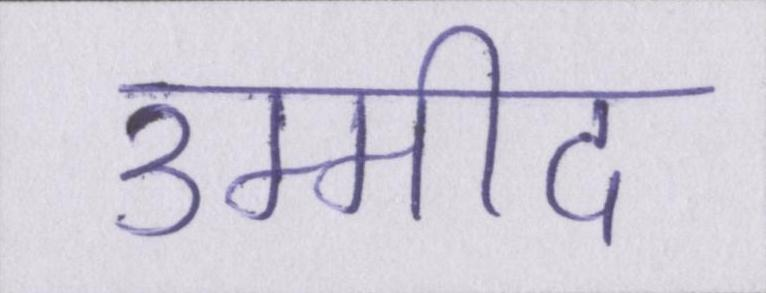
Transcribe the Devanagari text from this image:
उम्मीद